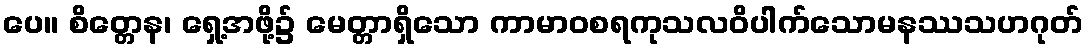
ပေ။ စိတ္တေန၊ ရှေ့အဖို့၌ မေတ္တာရှိသော ကာမာဝစရကုသလဝိပါက်သောမနဿသဟဂုတ်